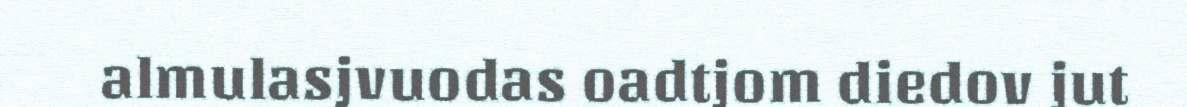
almulasjvuodas oadtjom diedov jut